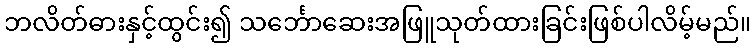
ဘလိတ်ဓားနှင့်ထွင်း၍ သင်္ဘောဆေးအဖြူသုတ်ထားခြင်းဖြစ်ပါလိမ့်မည်။